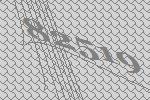
82519